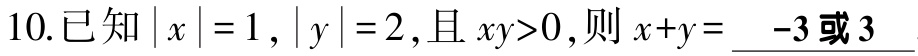
10.已知\(\vert x\vert = 1\)，\(\vert y\vert = 2\)，且 \(xy>0\)，则 \(x + y=\) \(-3或3\)